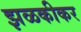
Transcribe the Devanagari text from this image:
झळकीकर